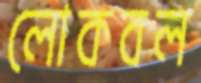
লোকবল